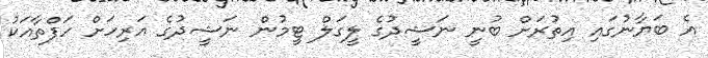
އެ ބަޔާނުގައި އިތުރަށް ބުނީ ނަޝީދުގެ ލީގަލް ޓީމުން ނަޝީދުގެ އަރިހަށް ހަފްތާއަކު